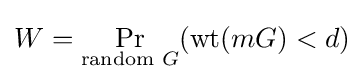
W=\Pr _{{\text{random }}G}(\operatorname {wt} (mG)<d)